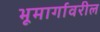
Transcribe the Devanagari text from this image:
भूमार्गावरील